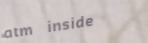
atm inside